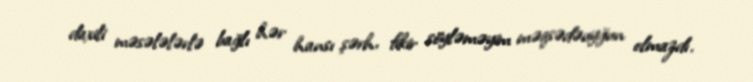
daxili məsələlərlə bağlı hər hansı şərh, fikir söyləməyim məqsədəuyğun olmazdı.